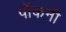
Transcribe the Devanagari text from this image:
पोंकनी